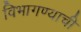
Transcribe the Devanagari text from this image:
विभागण्याची